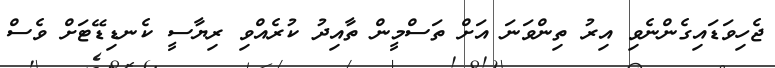
ޖެހިވަޑައިގެންނެވި އިރު ތިންވަނަ އަށް ތަސްމީން ތާއިދު ކުރެއްވި ރިޔާސީ ކެނޑިޑޭޓަށް ވެސް